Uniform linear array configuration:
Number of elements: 16
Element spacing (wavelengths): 0.75
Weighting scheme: hamming
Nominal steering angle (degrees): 60
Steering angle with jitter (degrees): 61.356
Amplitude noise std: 0.05
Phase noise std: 0.05

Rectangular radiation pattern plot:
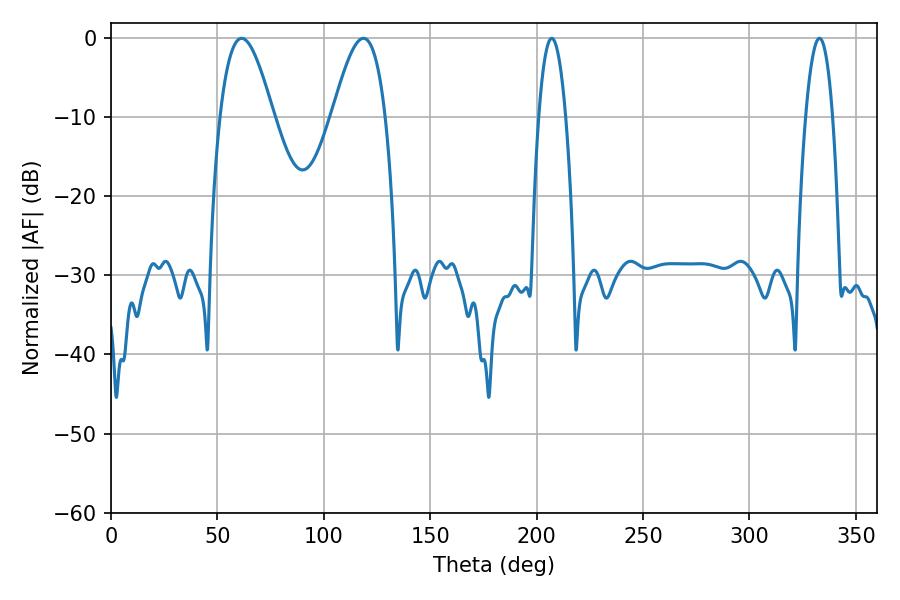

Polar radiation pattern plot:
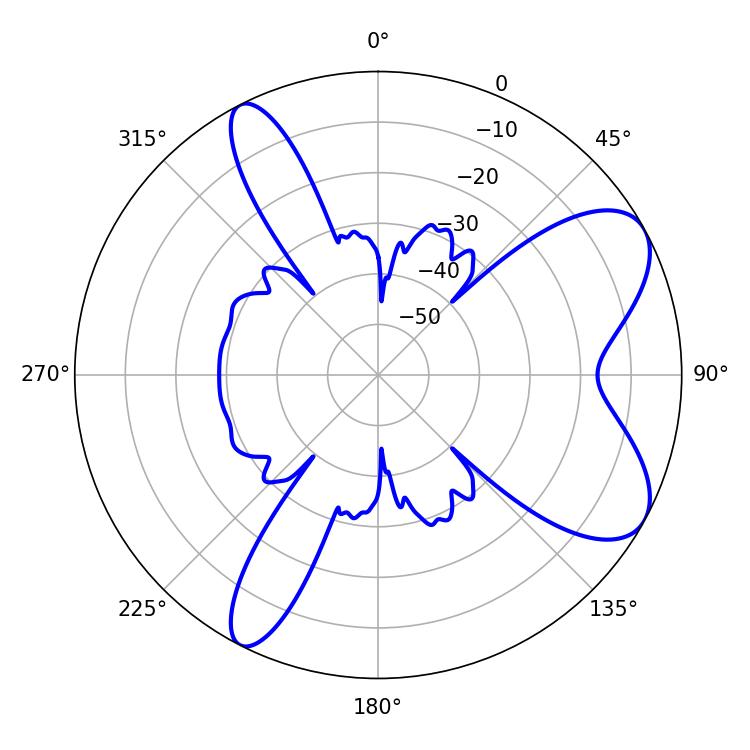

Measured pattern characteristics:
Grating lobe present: TRUE
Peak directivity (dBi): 7.644
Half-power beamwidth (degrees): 13.5
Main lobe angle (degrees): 61.38